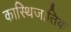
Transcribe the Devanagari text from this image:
कास्थिजातिक